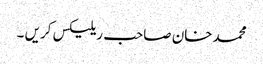
محمدخان صاحب ریلیکس کریں ۔